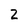
Character: 2